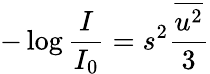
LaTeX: -\log{\frac{I}{I_{0}}}=s^{2}\frac{\overline{{u^{2}}}}{3}